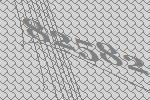
82582